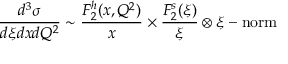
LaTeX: \frac { d ^ { 3 } \sigma } { d \xi d x d Q ^ { 2 } } \sim \frac { F _ { 2 } ^ { h } ( x , Q ^ { 2 } ) } { x } \times \frac { F _ { 2 } ^ { s } ( \xi ) } { \xi } \otimes \xi - \mathrm { n o r m }